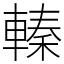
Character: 轃